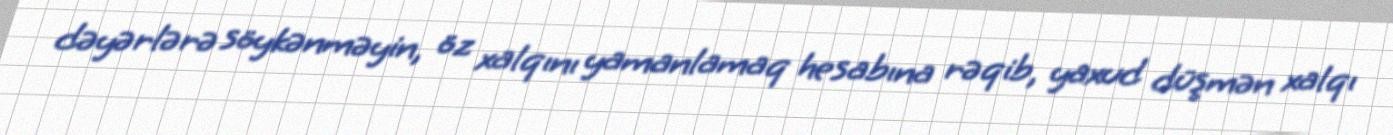
dəyərlərə söykənməyin, öz xalqını yamanlamaq hesabına rəqib, yaxud düşmən xalqı